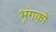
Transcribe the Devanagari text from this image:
भृंगकों